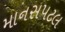
માનસપટલ